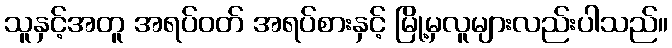
သူနှင့်အတူ အရပ်ဝတ် အရပ်စားနှင့် မြို့မှလူများလည်းပါသည်။